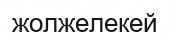
жолжелекей